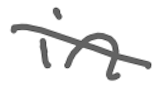
Text: in
Cross-out: diagonal
Writing tool: digital_gray